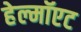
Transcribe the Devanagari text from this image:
हेल्मॉएट